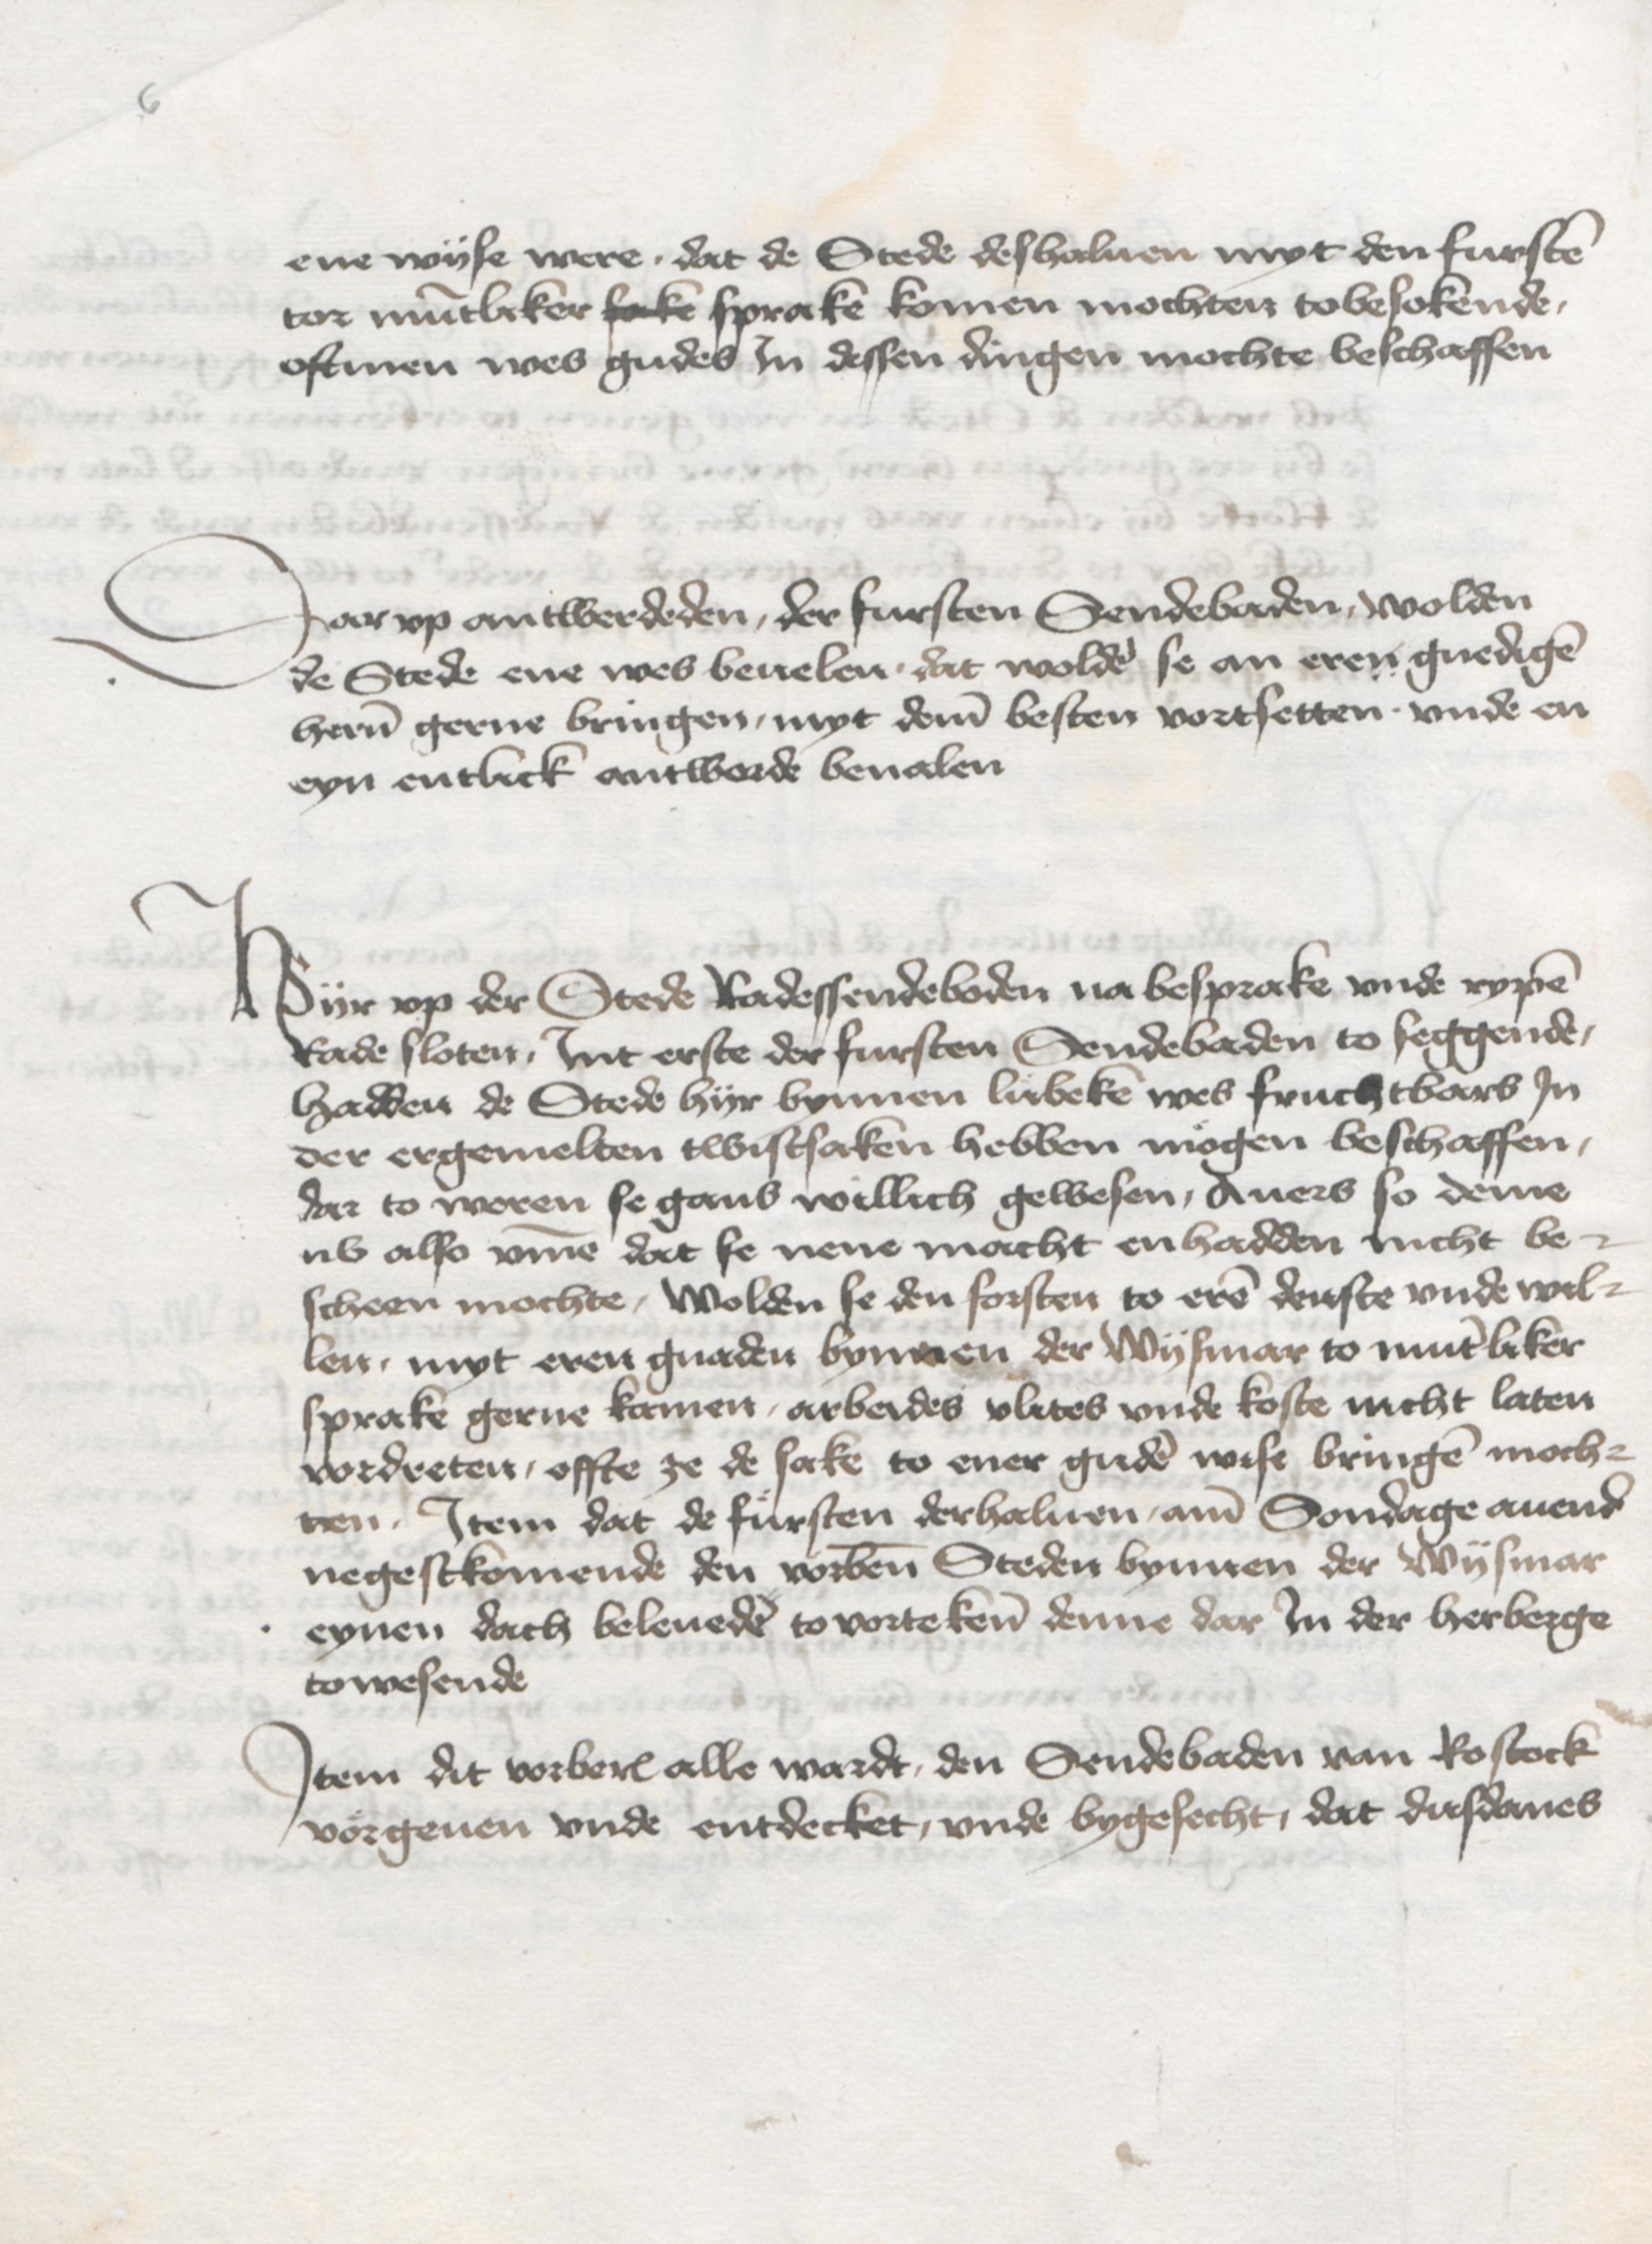
6

ene wyse were, dat de Stede deshaluen myt den fursten
tor muntliker sake sprake komen mochten tobesokende,
oftmen wes gudes Jn dessen dingen mochte beschaffen.

Dar vp antwerdeden, der fursten Sendebaden, wolden
de Stede ene wes beuelen . dat wolden se an eren gnedigen
heren gerne bringen, myt deme besten vortsetten . vnde en
eyn entlick antworde beualen.

Hyr vp der Stede Radessendeboden na besprake vnde rypen
Rade sloten, Jnt erste der fursten Sendebaden to seggende,
hadden de Stede hyr bynnen Lubeke wes fruchtbars Jn
der ergermelten twistsaken hebben mogen beschaffen,
dar to weren se gans willich gewesen, Auers so deme
nv also vmme dat se nene macht en hadden nicht be¬
scheen mochte, Wolden se den forsten to eren denste vnde wil¬
len myt eren gnaden bynnen der Wysmar to muntliker
sprake gerne kamen, arbeides vlites vnde koste nicht laten
vordreten, offte ze de sake to ener guden wist bringen moche¬
ten . Jtem dat de fursten derhaluen, ame Sondage auende
negestkomende den vorbenomeden Steden bynnen der Wysmar
eynen dach beleueden tovortekene denne dar Jn der herberge
towesende.

Jtem dit vorberorede alle wardt, den Sendebaden van Rostock
voergeuen vnde entdecket, vnde bygesecht, dat dusdanes